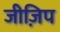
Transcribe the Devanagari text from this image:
जीज़िप